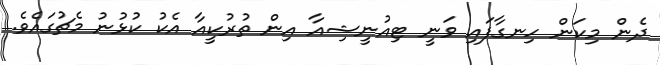
ދެން މިކަން ހިނގާފައި ވަނީ ޓިއުނީޝިއާ އިން ތުރުކީއާ އެކު ކުޅުނު މެޗުގައެވެ.